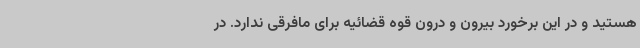
هستید و در این برخورد بیرون و درون قوه قضائیه برای مافرقی ندارد. در